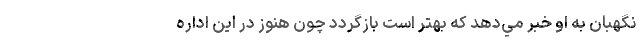
نگهبان به او خبر مي‌دهد كه بهتر است بازگردد چون هنوز در اين اداره